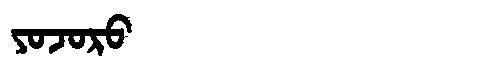
Manchu: ᠶᠣᠵᠣᡵᠣ
Romanization: YOJORO